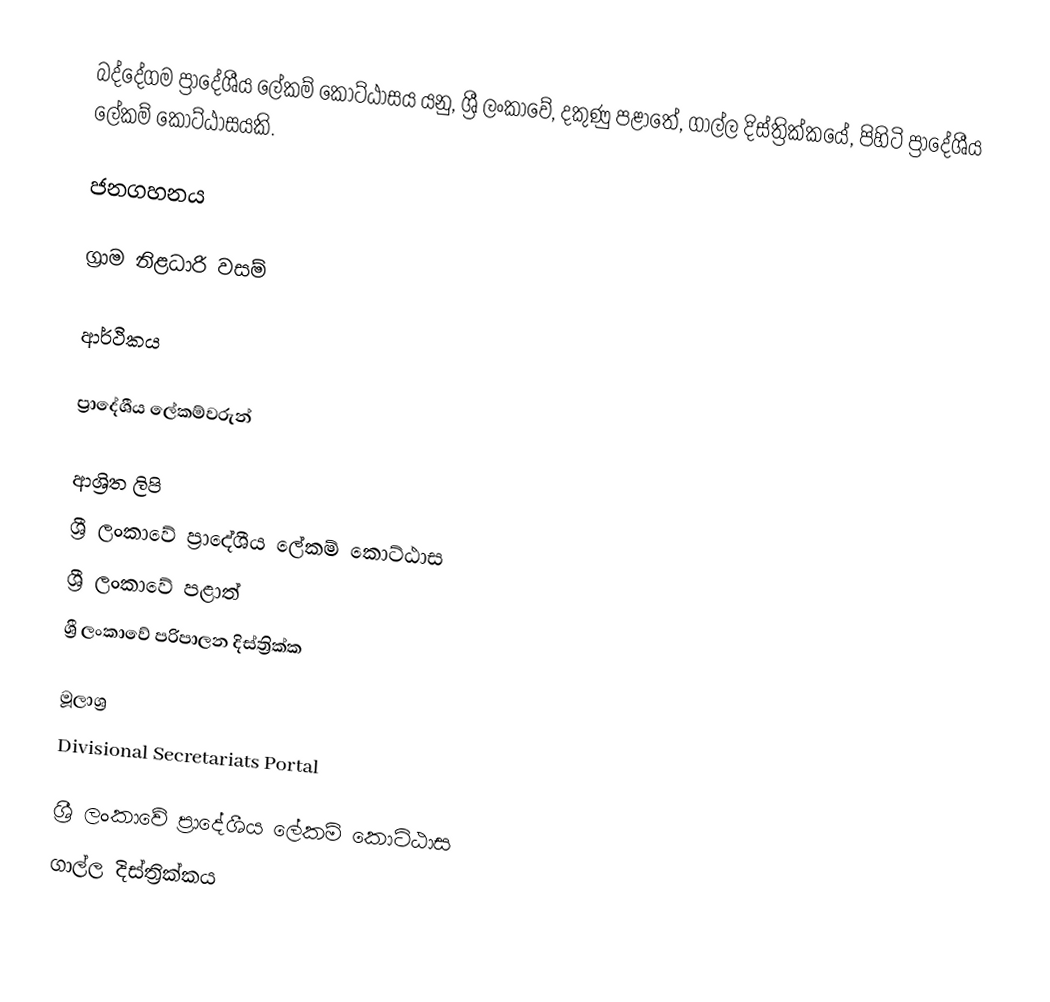
බද්දේගම ප්‍රාදේශීය ලේකම් කොට්ඨාසය යනු,  ශ්‍රී ලංකාවේ, දකුණු පළාතේ,   ගාල්ල දිස්ත්‍රික්කයේ, පිහිටි ප්‍රාදේශීය ලේකම් කොට්ඨාසයකි.

ජනගහනය

ග්‍රාම නිළධාරි වසම්

ආර්ථිකය

ප්‍රාදේශීය ලේකම්වරුන්

ආශ්‍රිත ලිපි
ශ්‍රී ලංකාවේ ප්‍රාදේශීය ලේකම් කොට්ඨාස
ශ්‍රී ලංකාවේ පළාත්
ශ්‍රී ලංකාවේ පරිපාලන දිස්ත්‍රික්ක

මූලාශ්‍ර
 Divisional Secretariats Portal

ශ්‍රී ලංකාවේ ප්‍රාදේශීය ලේකම් කොට්ඨාස
ගාල්ල දිස්ත්‍රික්කය